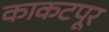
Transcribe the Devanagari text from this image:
काकटपूर